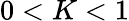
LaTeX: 0<K<1